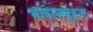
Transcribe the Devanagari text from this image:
भाषासमूहात